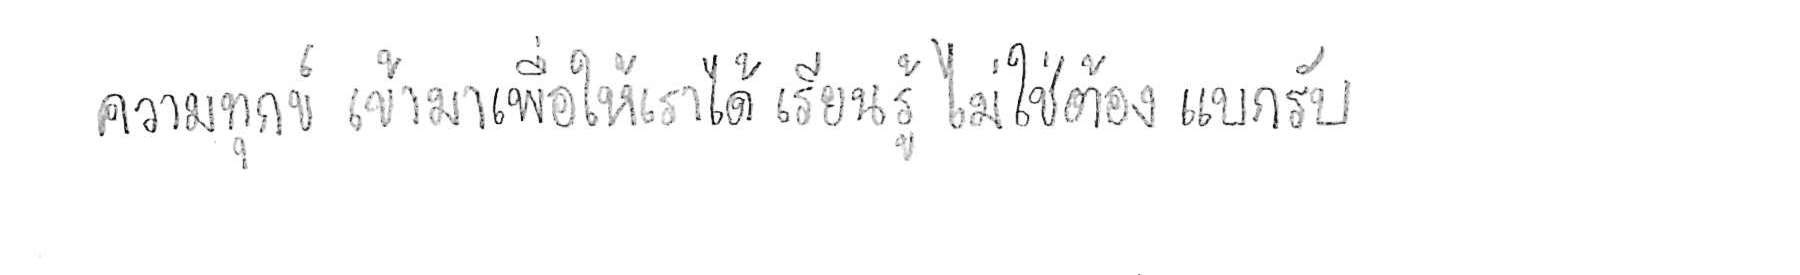
ความทุกข์ เข้ามาเพื่อให้เราได้ เรียนรู้ ไม่ใช่ต้อง แบกรับ